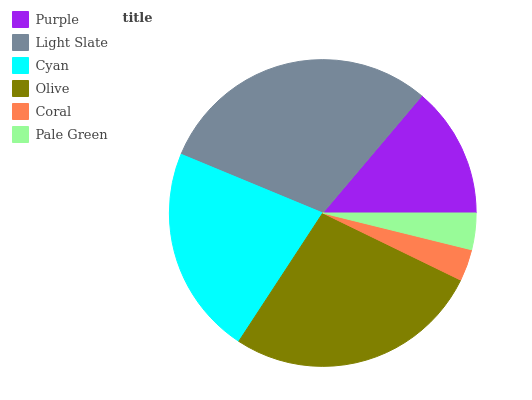
| Purple | Light Slate | Cyan | Olive | Coral | Pale Green |
 | --- | --- | --- | --- | --- | --- |
 | 13.8% | 29.9% | 22% | 27.1% | 3.36% | 3.85% |